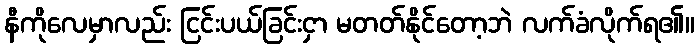
နီကိုလေမှာလည်း ငြင်းပယ်ခြင်းငှာ မတတ်နိုင်တော့ဘဲ လက်ခံလိုက်ရ၏။